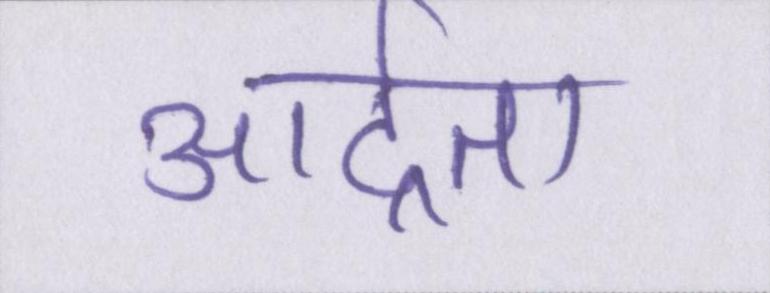
आर्द्रता